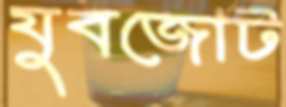
যুবজোট